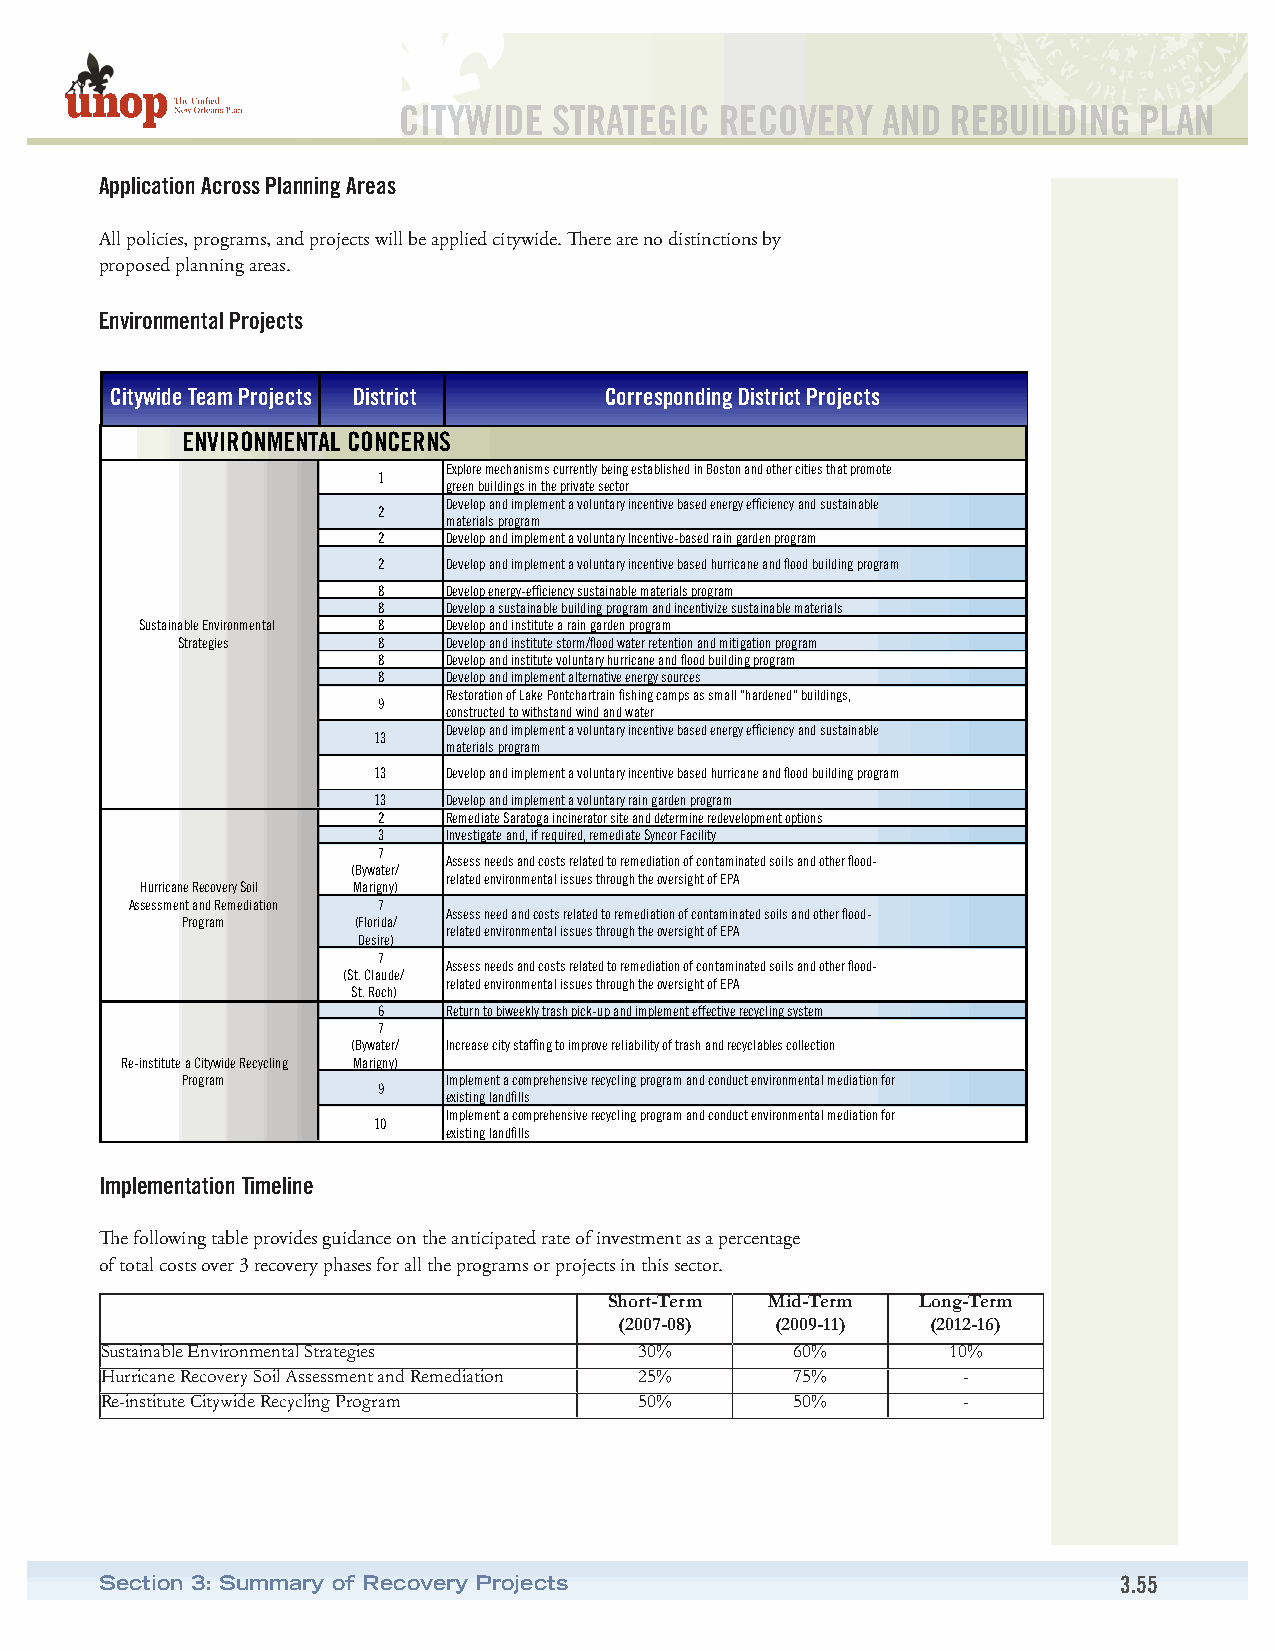
CITYWIDE   STRATEGIC  RECOVERY  AND  REBUILDING  PLAN
 Application Across Planning Areas
 All policies, programs, and projects will be applied citywide. There are no distinctions by
 proposed planning areas.
 Environmental Projects
 Citywide Team Projects District  Corresponding District Projects
 ENVIRONMENTAL CONCERNS
 Explore mechanisms currently being established in Boston and other cities that promote
 1
 green buildings in the private sector
 Develop and implement a voluntary incentive based energy efficiency and sustainable
 2
 materials program
 2    Develop and implement a voluntary Incentive-based rain garden program
 2    Develop and implement a voluntary incentive based hurricane and flood building program
 8    Develop energy-efficiency sustainable materials program
 8    Develop a sustainable building program and incentivize sustainable materials
 Sustainable Environmental 8 Develop and institute a rain garden program
 Strategies   8    Develop and institute storm/flood water retention and mitigation program
 8    Develop and institute voluntary hurricane and flood building program
 8    Develop and implement alternative energy sources
 Restoration of Lake Pontchartrain fishing camps as small "hardened" buildings,
 9
 constructed to withstand wind and water
 Develop and implement a voluntary incentive based energy efficiency and sustainable
 13
 materials program
 13   Develop and implement a voluntary incentive based hurricane and flood building program
 13   Develop and implement a voluntary rain garden program
 2    Remediate Saratoga incinerator site and determine redevelopment options
 3    Investigate and, if required, remediate Syncor Facility
 7
 Assess needs and costs related to remediation of contaminated soils and other flood-
 (Bywater/
 related environmental issues through the oversight of EPA
 Hurricane Recovery Soil Marigny)
 Assessment and Remediation 7
 Assess need and costs related to remediation of contaminated soils and other flood-
 Program    (Florida/
 related environmental issues through the oversight of EPA
 Desire)
 7
 Assess needs and costs related to remediation of contaminated soils and other flood-
 (St. Claude/
 related environmental issues through the oversight of EPA
 St. Roch)
 6    Return to biweekly trash pick-up and implement effective recycling system
 7
 (Bywater/ Increase city staffing to improve reliability of trash and recyclables collection
 Re-institute a Citywide Recycling Marigny)
 Program           Implement a comprehensive recycling program and conduct environmental mediation for
 9
 existing landfills
 Implement a comprehensive recycling program and conduct environmental mediation for
 10
 existing landfills
 Implementation Timeline
 The following table provides guidance on the anticipated rate of investment as a percentage
 of total costs over 3 recovery phases for all the programs or projects in this sector.
 Short-Term Mid-Term  Long-Term
 (2007-08) (2009-11)  (2012-16)
 Sustainable Environmental Strategies 30%      60%       10%
 Hurricane Recovery Soil Assessment and Remediation 25% 75% -
 Re-institute Citywide Recycling Program 50%   50%        -
 Section 3: Summary of Recovery Projects                            3.55